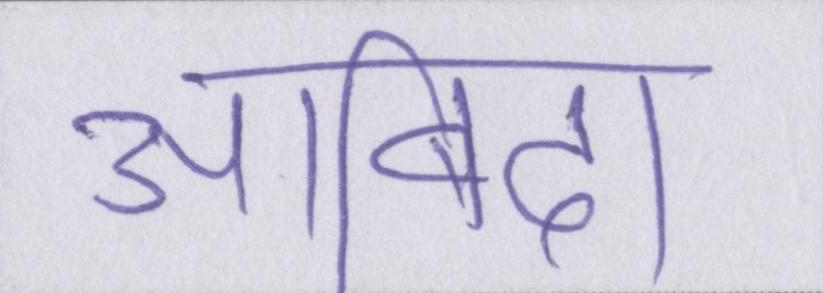
आबिदा